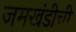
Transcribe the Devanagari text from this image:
जमखंडीची